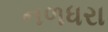
નળધરા